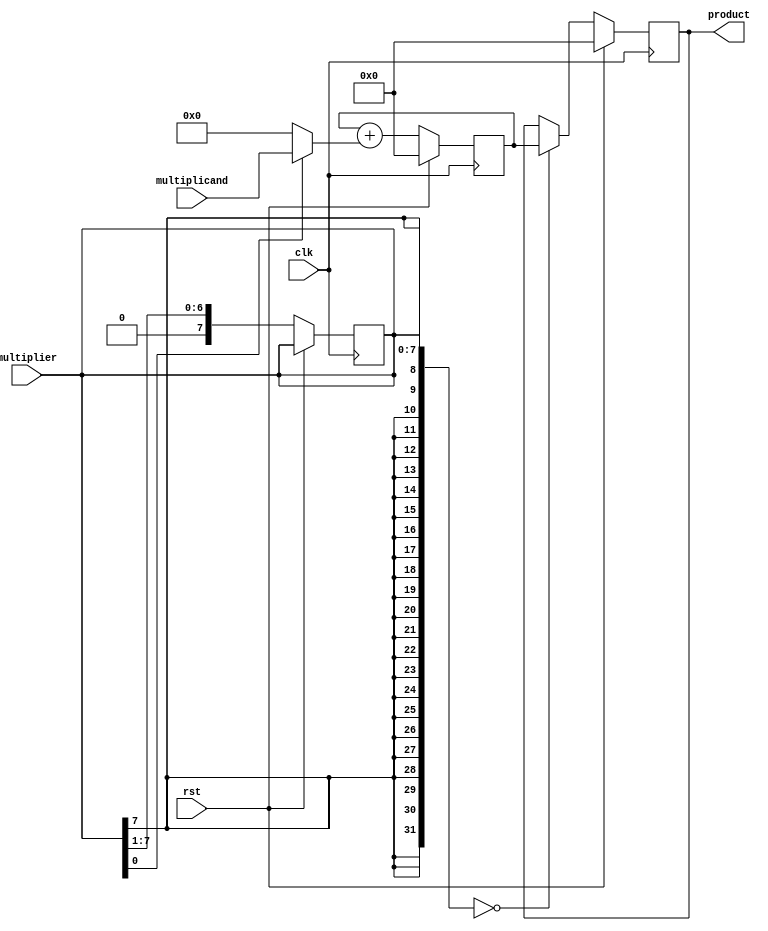
module ShiftAndAddMultiplier(
    input wire clk,
    input wire rst,
    input wire [7:0] multiplicand,
    input wire [7:0] multiplier,
    output reg [15:0] product
);

reg [15:0] partial_product;
reg [7:0] shift_reg;

always @(posedge clk) begin
    if (rst) begin
        partial_product <= 16'b0;
        shift_reg <= 8'b0;
        product <= 16'b0;
    end else begin
        partial_product <= partial_product + (multiplier[0] ? {8'b0, multiplicand} : 16'b0);
        shift_reg <= {multiplier[7], shift_reg[7:1]};
        multiplier <= multiplier >> 1;
        if ($signed(multiplier) == 0) begin
            product <= partial_product;
        end
    end
end

endmodule